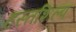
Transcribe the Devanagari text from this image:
हस्तशिल्‍प